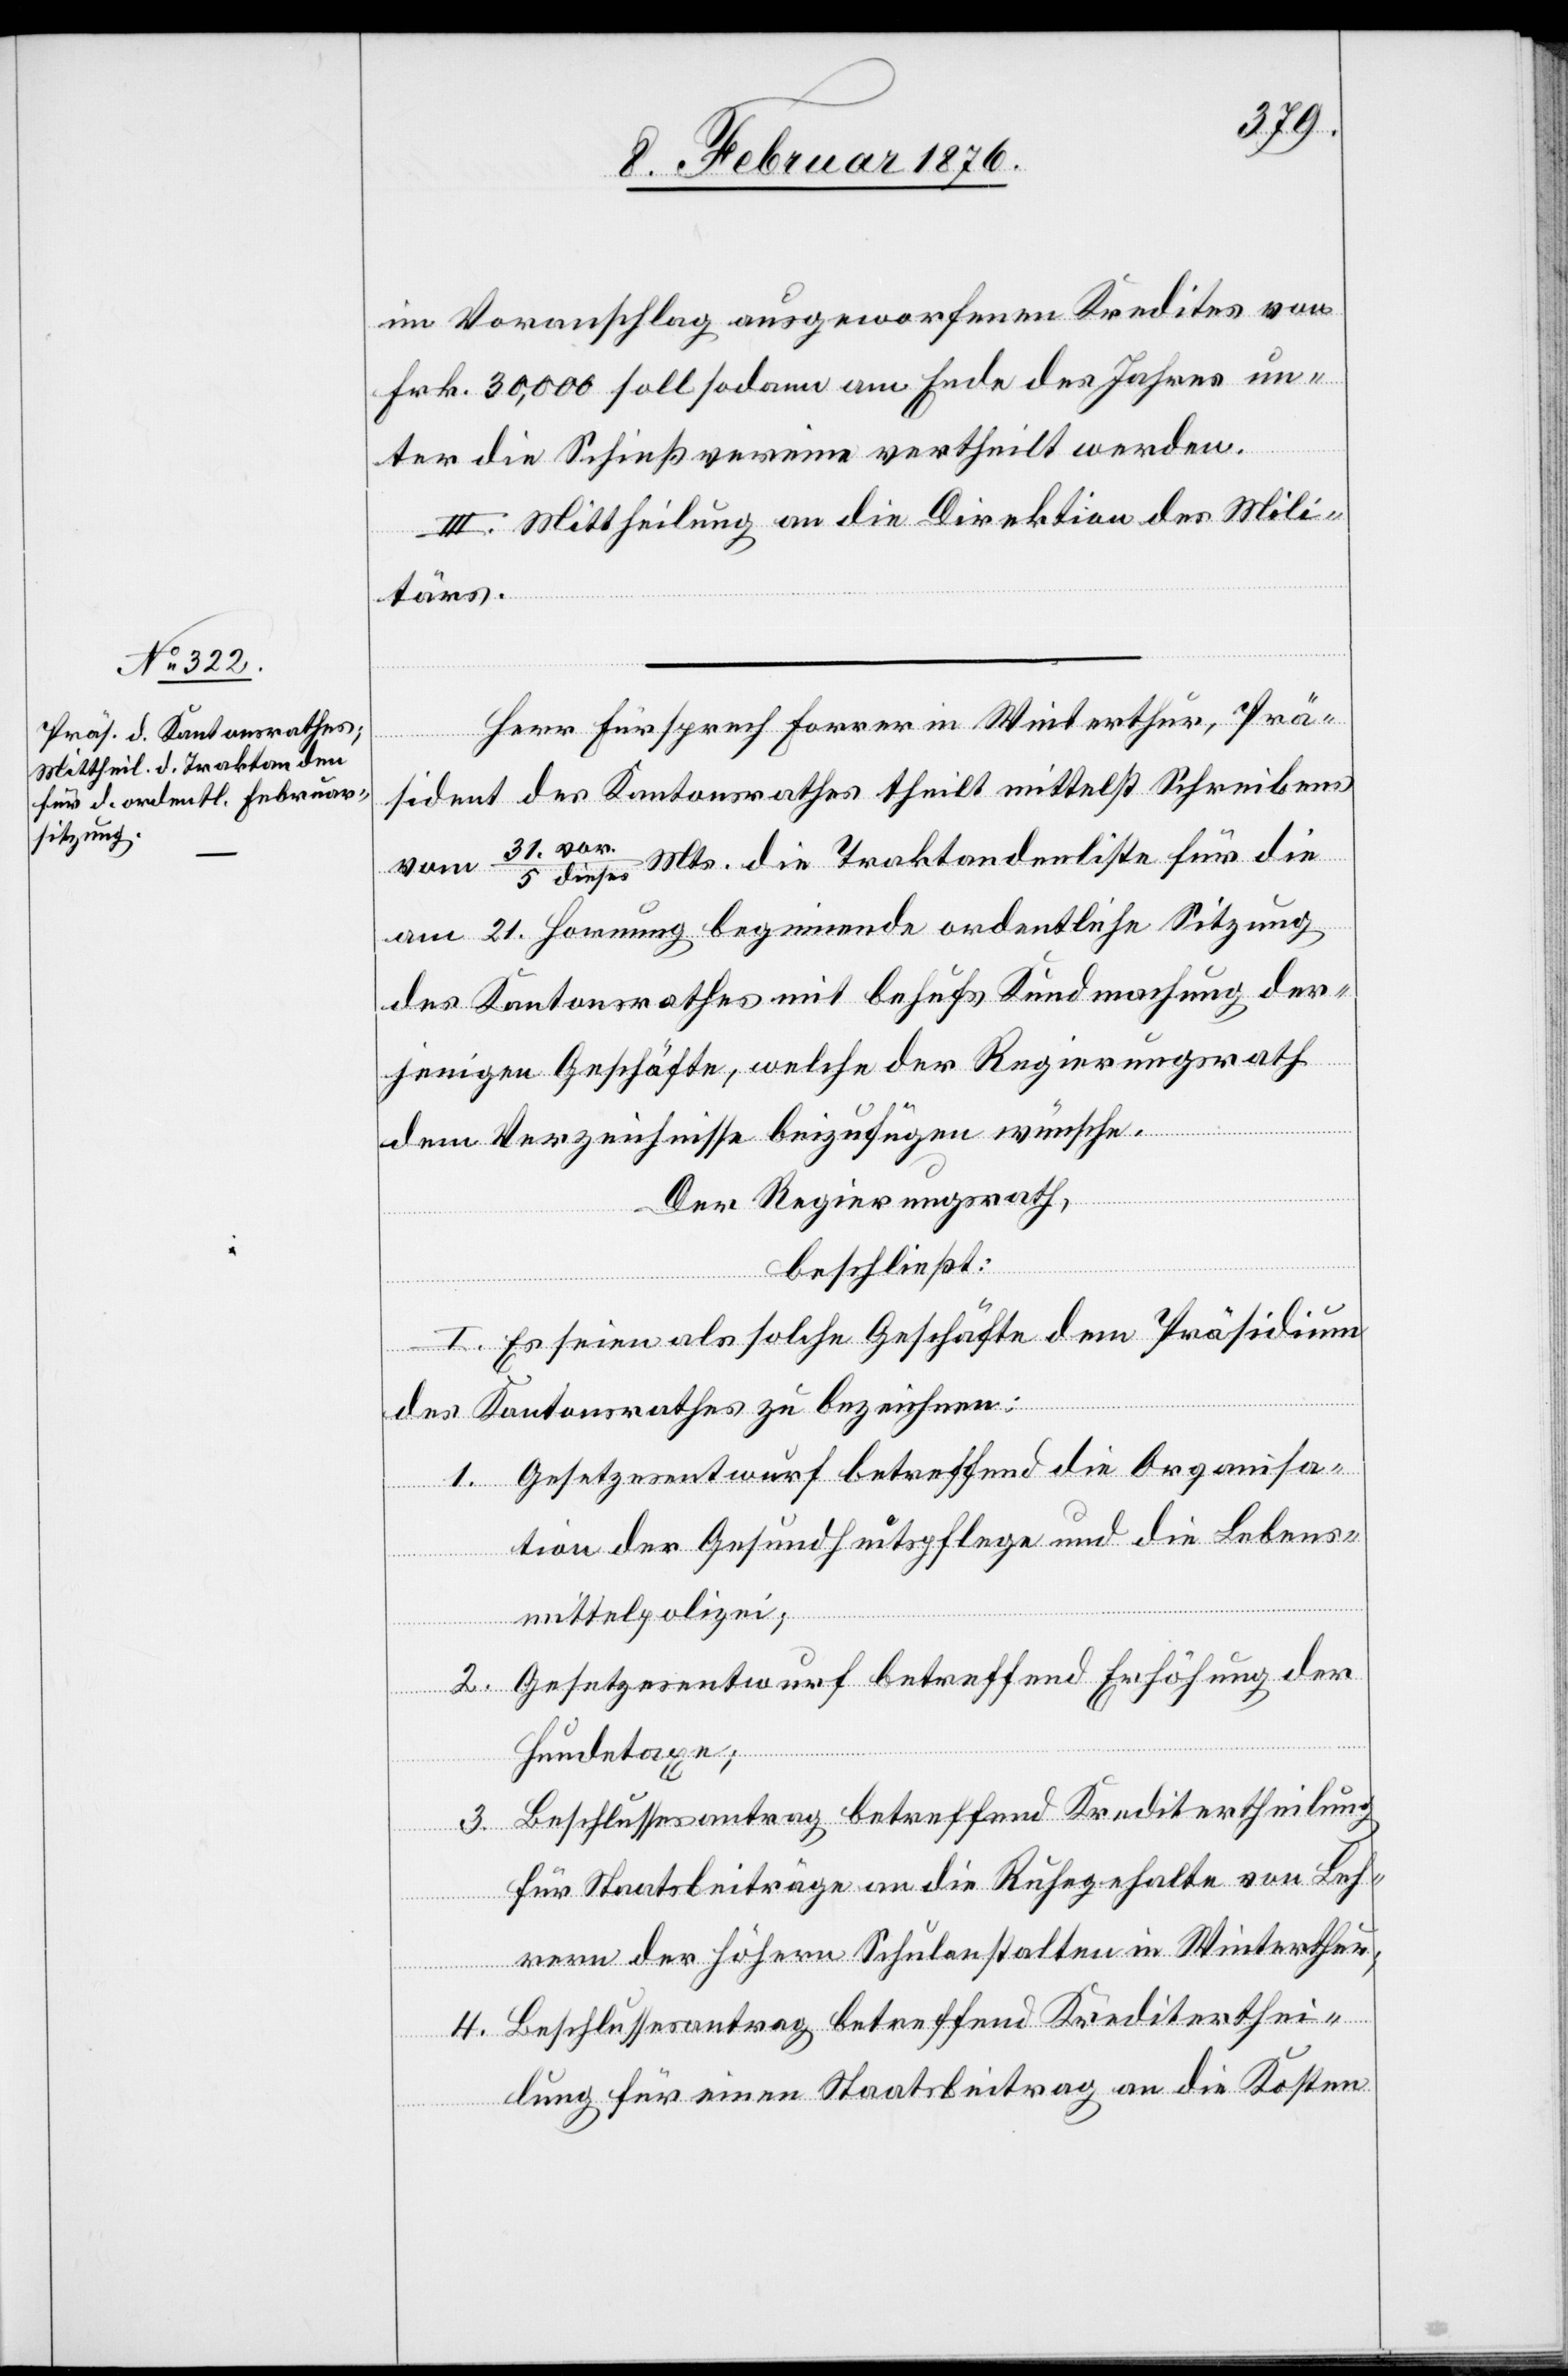
im Voranschlag ausgeworfenen Kredites von
Frk. 30,000 soll sodann am Ende des Jahres un¬
ter die Schießvereine vertheilt werden.
III. Mittheilung an die Direktion des Mili¬
tärs.
Herr Fürsprech Forrer in Winterthur, Prä¬
sident des Kantonsrathes theilt mittelß Schreiben
vom 31. vo¬
Mts. die Traktandenliste für die
r./5 dieses
am 21. Hornung beginnende ordentliche Sitzung
des Kantonsrathes mit behufs Kundmachung der¬
jenigen Geschäfte, welche der Regierungsrath
dem Verzeichnisse beizufügen wünsche.
Der Regierungsrath,
beschließt:
I. Es seien solche Geschäfte dem Präsidium
des Kantonsrathes zu bezeichnen:
1. Gesetzesentwurf betreffend die Organisa¬
tion der Gesundheitspflege und die Lebens¬
mittelpolizei;
2. Gesetzesentwurf betreffend Erhöhung der
Hundetaxe;
3. Beschlussesantrag betreffend Kreditertheilung
für Staatsbeiträge an die Ruhegehalte von Leh¬
rern der höheren Schulanstalten in Winterthur;
4. Beschlussantrag betreffend Krediterthei¬
lung für einen Staatsbeitrag an die Kosten